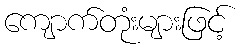
ကျောက်တုံးများဖြင့်